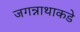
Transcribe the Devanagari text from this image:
जगन्नाथाकडे